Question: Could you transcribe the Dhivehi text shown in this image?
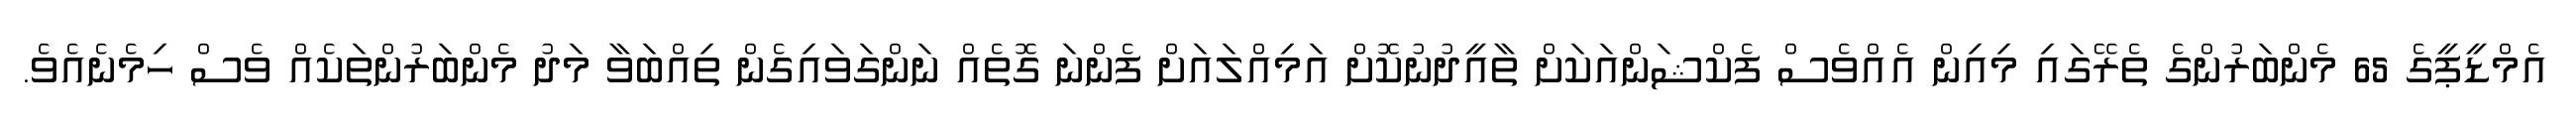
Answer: އެމްޑީޕީގެ 65 މެންބަރުންގެ ތެރޭގައި މިއިން އެއްވެސް ފެކްޝަންއަކަށް ތާއީދުނުކޮށް އަމިއްލައަށް ފެންނަ ގޮތެއް ނަންގަވައިގެން ތިއްބަވާ މަދު މެންބަރުންތަކެއް ވެސް ހިމެނެއެވެ.